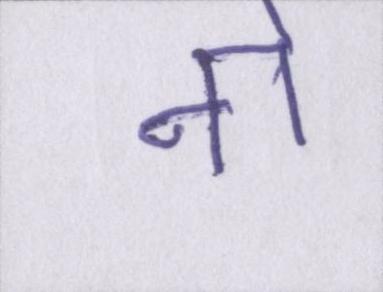
नो